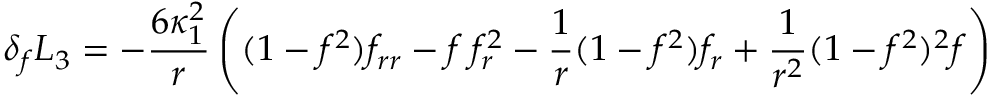
\delta _ { f } L _ { 3 } = - \frac { 6 \kappa _ { 1 } ^ { 2 } } { r } \left( ( 1 - f ^ { 2 } ) f _ { r r } - f \: f _ { r } ^ { 2 } - \frac { 1 } { r } ( 1 - f ^ { 2 } ) f _ { r } + \frac { 1 } { r ^ { 2 } } ( 1 - f ^ { 2 } ) ^ { 2 } f \right)